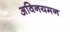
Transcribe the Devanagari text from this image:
अविनयमन